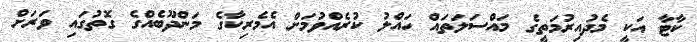
ކާޓާ އަކީ މެދުއިރުމަތީގެ މައްސަލަތައް ހައްލު ކުރެއްވުމަށް އެމެރިކާގެ މަންދޫބެއްގެ ގޮތުގައި ވަރަށް